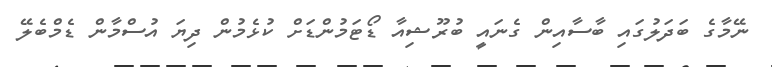
ނޭމާގެ ބަދަލުގައި ބާސާއިން ގެނައީ ބުރޫޝިއާ ޑޯޓަމުންޑަށް ކުޅެމުން ދިޔަ އުސްމާން ޑެމްބެލޭ